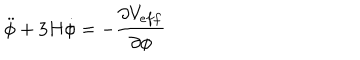
\ddot { \phi } + 3 H \dot { \phi } = - \frac { { \partial } V _ { e f f } } { { \partial } { \phi } }